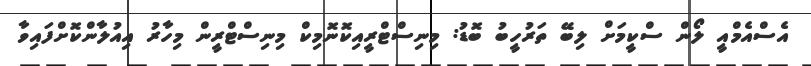
އެސްއެމްއީ ލޯން ސްކީމަށް ލިބޭ ތަރުހީބު ބޮޑު: މިނިސްޓްރީއިކޮނޮމިކް މިނިސްޓްރީން މިހާރު އިއުލާންކޮށްފައިވާ